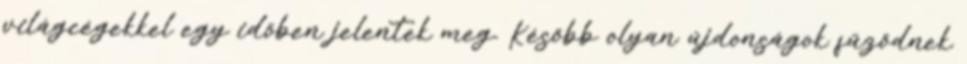
világcégekkel egy időben jelentek meg. Később olyan újdonságok fűződnek